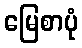
မြေစာပုံ